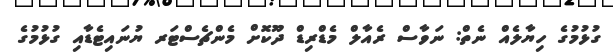
ގުޅުމުގެ ހިޔާލެއް ނެތް: ނަވާސް ރެއާލް މެޑްރިޑް ދޫކޮށް މެންޗެސްޓަރ ޔުނަައިޓެޑާއި ގުޅުމުގެ